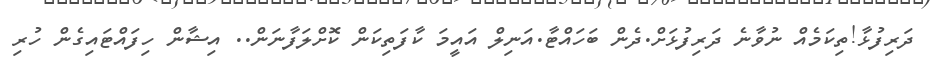
ދަރިފުޅާ!ތިކަމެއް ނުވާނެ ދަރިފުޅަށް.ދެން ބަހައްޓާ.އަނިލް އައީމަ ކާފަތިކަން ކޮށްލަފާނަން.. އިޝާން ހިފައްޓައިގެން ހުރި